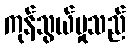
ကုန်သွယ်မှုသည်